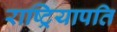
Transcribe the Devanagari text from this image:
राष्ट्रियापति